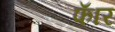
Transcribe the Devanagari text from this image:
फॅार